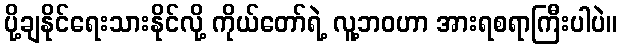
ပို့ချနိုင်ရေးသားနိုင်လို့ ကိုယ်တော်ရဲ့ လူ့ဘဝဟာ အားရစရာကြီးပါပဲ။